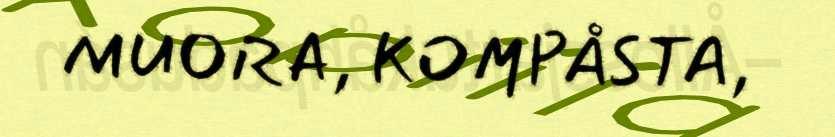
MUORA, KOMPÅSTA,